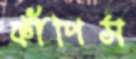
ফাঁপিস